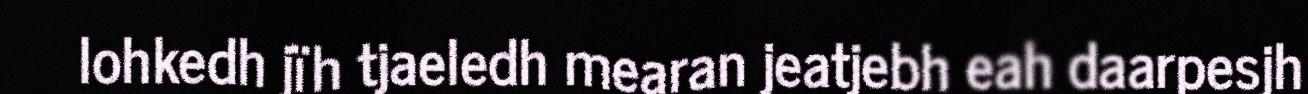
lohkedh jïh tjaeledh mearan jeatjebh eah daarpesjh